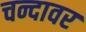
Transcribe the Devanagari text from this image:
चन्दावर